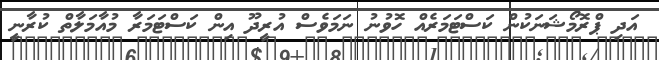
އަދި ޕްރޮމޯޝަނަކުން ކަސްޓަމަރެއް ހޮވުނު ނަމަވެސް އުރީދޫ އިން ކަސްޓަމަރާ މުއާމަލާތް ކުރާނީ